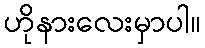
ဟိုနားလေးမှာပါ။